Annual statistical returns and brief notes on vaccination in Bengal - 1896-1909
Year: 1896
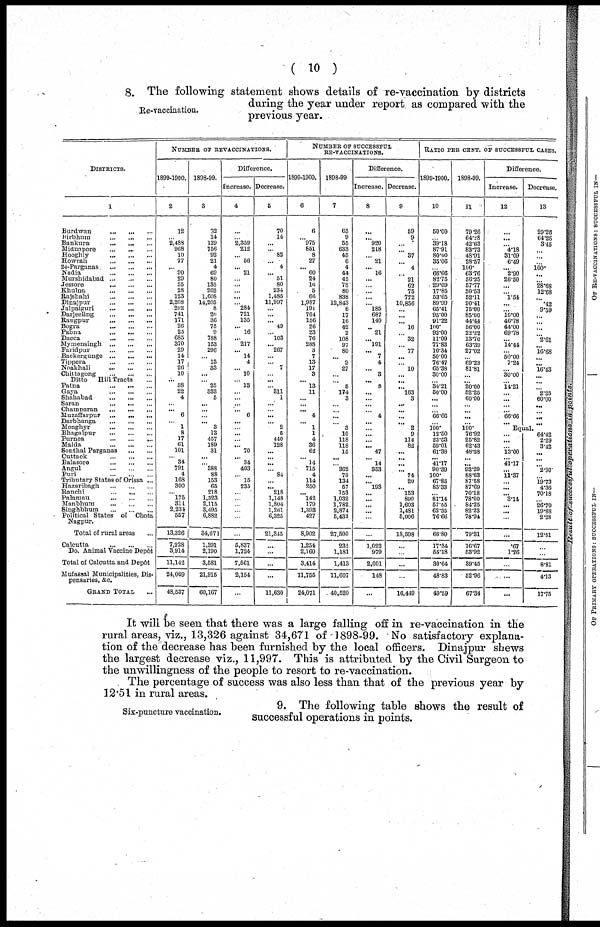
( 10 )
Re-vaccination.
8. The following statement shows details of re-vaccination by districts
during the year under report as compared with the
previous year.
DISTRICTS.
1
Burdwan
... ... ...
Birbhum
...
...
...
Bankura
...
...
...
Midnapore ... ... ...
Hooghly
...
...
...
Howrah
...
...
...
24-Parganas ... ... ...
Madia
...
...
...
Murshidabad...
...
...
Jessore
...
...
...
Khulna
...
...
...
Rajshahi
...
...
...
Dinajpur
...
...
...
Jalpaiguri
...
...
...
Darjeeling
...
...
...
Rangpur
...
...
...
Bogra
...
...
...
Pabna
...
...
...
Dacca
...
...
...
Mymensingh
...
...
...
Faridpur
...
...
...
Backergunge
...
...
...
Tippera
...
...
...
Noakhali
...
...
...
Chittagong
...
...
...
Ditto
Hill Tracts ...
Patna
...
...
...
Gaya
...
...
...
Shahabad
...
...
...
Saran
...
...
...
Champaran
...
...
...
Muzaffarpur
...
...
...
Darbhanga
...
...
...
Monghyr
...
...
...
Bhagalpur
...
...
...
Purnea
...
...
...
Malda
...
...
...
Sonthal Parganas
...
...
Cuttack
...
...
...
Balasore
...
...
...
Angul
...
...
...
Puri
...
...
...
Tributary States of Orissa ...
Hazaribagh
...
...
...
Ranchi... ... ...
Palamau
...
...
...
Manbhum
...
...
...
Singhbhum
...
...
...
Political States of
Chota
Nagpur.
Total of rural areas ...
Calcutta
...
...
...
Do. Animal Vaccine Depôt
Total of Calcutta and Depôt
Mufassal Municipalities, Dis-
pensaries, &c.
GRAND TOTAL ...
NUMBER OF REVACCINATIONS.
1899-1900.
2
12
...
2,488
968
10
77
...
90
29
55
28
123
2,208
292
741
171
26
25
685
370
29
14
17
26
10
... 38
22
4
...
... 6
...
1
8
17
61
101
... 34
791
4
168
300
...
175
311
2,234
557
13,326
7,228
3,914
11,142
24,069
48,537
1898-99.
3
32
14
129
756
92
21
4
69
80
135
262
1,608
14,205
8
20
36
75
9
788
153
296
...
13
33
...
...
25
333
5
...
...
...
... 3
13
457
189
31
...
...
388
88
153
65
218
1,323
2,115
3,495
6,882
34,671
1,391
2,190
3,581
21,915
60,167
Difference.
Increase.
4
...
...
2,359
212
...
56
... 21
...
...
...
...
...
284
721
135
... 16
... 217
... 14
4
... 10
...
13
...
...
...
...
6
...
...
...
...
...
70
... 34
403
...
15
235
...
...
...
...
...
...
5,837
1,724
7,561
2,154
...
Decrease.
5
70
14
...
...
82
... 4
...
51
80
234
1,485
11,997
...
...
... 49
... 103
... 267
...
...
7
...
...
...
311
1
...
...
...
... 2
5
440
128
...
...
...
...
84
...
... 218
1,148
1,804
1,261
6,325
21,345
...
...
...
...
11,630
NUMBER OF SUCCESSFUL
RE-VACCINATIONS.
1899-1900.
6
6
...
975
851
8
27
... 60
24
16
5
66
1,987
191
704
156
26
23
76
288
3
7
13
17
3
... 13
11
...
...
... 4
... 1
1
4
36
62
...
14
715
4
114
250
... 142
179
1,393
427
8,902
1,254
2,160
3,414
11,755
24,071
1898-99
7
65
9
55
633
45
6
4
44
45
78
80
838
12,843
6
17
16
42
2
108
97
80
... 9
27
...
...
5
174
3
...
...
...
...
3
10
118
118
15
...
...
362
78
134
57
153
1,032
1,782
2,874
5,433
27,500
232
1,181
1,413
11,607
40,520
Difference.
Increase.
8
...
... 920
218
... 21
... 16
...
...
...
...
...
185
687
140
...
21
...
191
... 7
4
... 3
...
8
...
...
...
...
4
...
...
...
... ...
47
... 14
353
...
...
193
...
...
...
...
...
...
1,022
979
2,001
148
...
Decrease.
9
59
9
...
...
37
...
4
... 21
62
75
772
10,856
...
...
...
16
...
32
...
77
...
...
10
...
... ...
163
3
...
...
...
...
2
9
114
82
...
...
...
...
74
20
...
153
890
1,603
1,481
5,006
18,598
...
...
...
...
16,449
RATIO PER CENT. OF SUCCESSFUL CASES.
1899-1900.
10
50.00
...
39.18
87.91
80.00
35.06
...
66.66
82.76
29.09
17.85
53.65
89.99
65.41
95.00
91.22
100.
92.00
11.09
77.83
10.34
50.00
76.47
65.38
30.00
...
34.21
50.00
...
...
...
66.66
...
100. 12.50
23.53
59.01
61.38
... 41.17
90.39
100.
67.85
83.33
...
81.14
57.55
62.35
76.66
66.80
17.34
55.18
30.64
48.83
49.59
1898-99.
11
79.26
64.28
42.63
83.73
48.91
28.57
100.
63.76
56.25
57.77
30.53
52.11
90.41
75.00
85.00
44.44
56.00
22.22
13.70
63.39
27.02
...
69.23
81.81
...
... 20.00
52.25
60.00
...
...
...
...
100.
76.92
25.82
62.43
48.38
...
... 93.29
88.63
87.68
87.69
70.18
78.00
84.25
82.23
78.94
79.31
16.67
53.92
39.45
52.96
67.34
Difference.
Increase.
12
...
...
...
4.18
31.09
6.49
... 2.90
26.50
...
...
1.54
...
... 10.00
46.78
44.00
69.78
... 14.44
...
50.00
7.24
...
30.00
...
14.21
...
...
...
...
66.66
...
Decrease.
13
29.26
64.28
3.45
...
...
...
100.
...
...
28.68
12.68
... .42
9.59
...
...
...
...
2.61
...
16.68
...
... 16.43
...
... ...
2.25
60.00
...
...
...
...
Equal.
...
...
...
13.00
... 41.17
...
11.37
...
...
...
3.14
...
...
...
...
.67
1.26
...
...
...
64.42
2.29
3.42
...
...
...
2.90
...
19.73
4.36
70.18
...
26.70
19.88
2.28
12.51
...
...
8.81
4.13
17.75
It will be seen that there was a large falling off in re-vaccination in the
rural areas, viz., 13,326 against 34,671 of 1898-99. No satisfactory explana-
tion of the decrease has been furnished by the local officers. Dinajpur shews
the largest decrease viz., 11,997. This is attributed by the Civil Surgeon to
the unwillingness of the people to resort to re-vaccination.
The percentage of success was also less than that of the previous year by
12.51 in rural areas.
Six-puncture vaccination.
9. The following table shows the result of
successful operations in points.